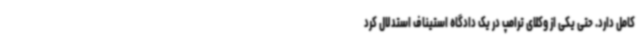
کامل دارد. حتی یکی از وکلای ترامپ در یک دادگاه استیناف استدلال کرد